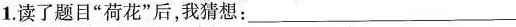
1.读了题目”荷花”后，我猜想：___